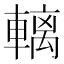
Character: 𲄼